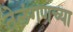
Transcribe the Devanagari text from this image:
तेलंगणच्या